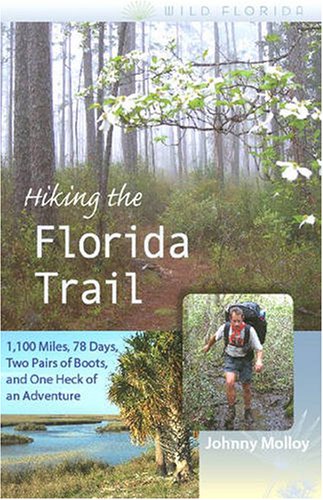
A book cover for Hiking the Florida Trail: 1,100 Miles, 78 Days, Two Pairs of Boots, and One Heck of an Adventure (Wild Florida); Johnny Molloy; Travel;